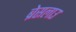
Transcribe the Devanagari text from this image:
ब्रेसलाउ